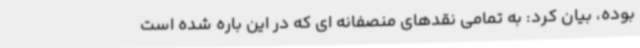
بوده، بیان کرد: به تمامی نقدهای منصفانه ای که در این باره شده است